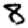
Digit: 8